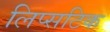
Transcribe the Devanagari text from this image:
लिप्सटिक